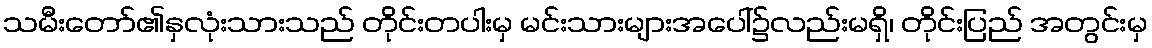
သမီးတော်၏နှလုံးသားသည် တိုင်းတပါးမှ မင်းသားများအပေါ်၌လည်းမရှိ၊ တိုင်းပြည် အတွင်းမှ